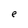
Character: e